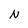
Character: N